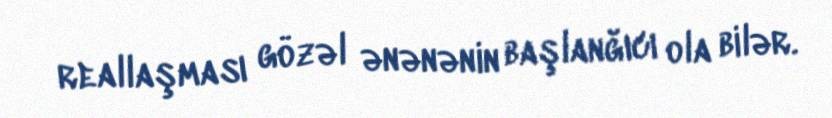
reallaşması gözəl ənənənin başlanğıcı ola bilər.